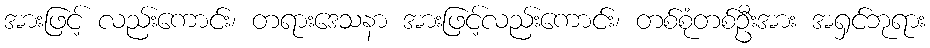
အားဖြင့် လည်းကောင်း၊ တရားဒေသနာ အားဖြင့်လည်းကောင်း၊ တစ်စုံတစ်ဦးအား အရှင်ဘုရား